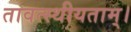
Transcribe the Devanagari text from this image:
तावत्स्थीयताम्।